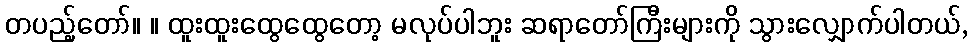
တပည့်တော်။ ။ ထူးထူးထွေထွေတော့ မလုပ်ပါဘူး ဆရာတော်ကြီးများကို သွားလျှောက်ပါတယ်,